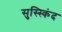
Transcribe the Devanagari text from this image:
सुस्स्किंद